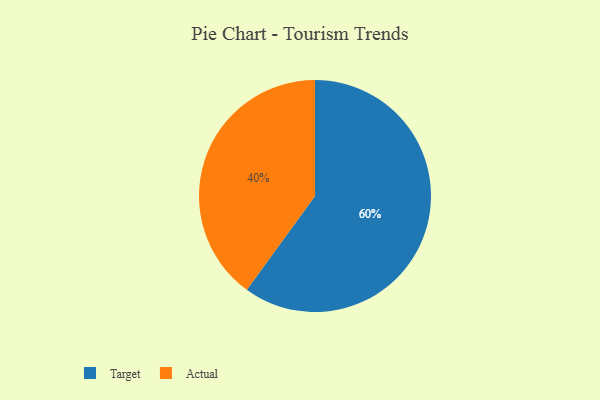
{"axis": {"x": "Category", "y": "Percentage"}, "legend": ["Actual", "Target"], "data": [{"x": "Target", "y": 60, "type": "Target"}, {"x": "Actual", "y": 40, "type": "Actual"}]}